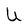
Character: U